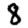
Digit: 8